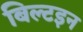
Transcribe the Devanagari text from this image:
बिल्टइन